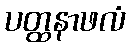
ပတ္ထနာဖလံ